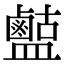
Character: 𪉶